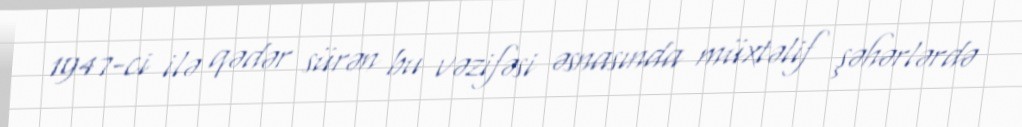
1947-ci ilə qədər sürən bu vəzifəsi əsnasında müxtəlif şəhərlərdə